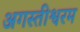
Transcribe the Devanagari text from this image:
अगस्तीश्वरम